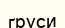
груси